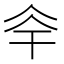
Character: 𠇨